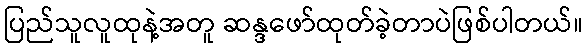
ပြည်သူလူထုနဲ့အတူ ဆန္ဒဖော်ထုတ်ခဲ့တာပဲဖြစ်ပါတယ်။